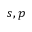
s , p